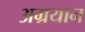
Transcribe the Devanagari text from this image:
अग्रयान